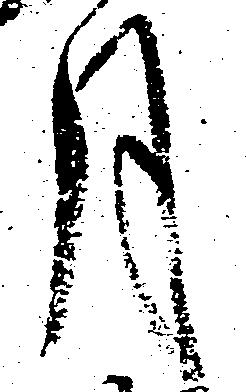
月